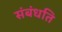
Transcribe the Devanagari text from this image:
संबंधति